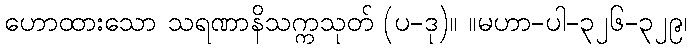
ဟောထားသော သရဏာနိသက္ကသုတ် (ပ-ဒု)။ ။မဟာ-ပါ-၃၂၆-၃၂၉၊